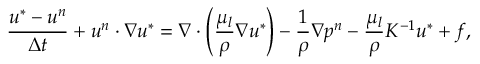
\frac { \boldsymbol { u } ^ { * } - \boldsymbol { u } ^ { n } } { \Delta t } + \boldsymbol { u } ^ { n } \cdot \nabla \boldsymbol { u } ^ { * } = \nabla \cdot \left( \frac { \mu _ { l } } { \rho } \nabla \boldsymbol { u } ^ { * } \right) - \frac { 1 } { \rho } \nabla p ^ { n } - \frac { \mu _ { l } } { \rho } K ^ { - 1 } \boldsymbol { u } ^ { * } + \boldsymbol { f } ,